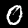
Label: 0